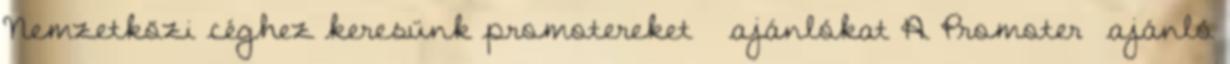
Nemzetközi céghez keresünk promotereket ajánlókat A Promoter ajánló